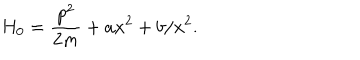
H _ { 0 } = \frac { p ^ { 2 } } { 2 m } + a x ^ { 2 } + b / x ^ { 2 } .